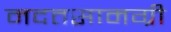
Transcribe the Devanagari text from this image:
मदतसामग्री